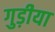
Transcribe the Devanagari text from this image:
गुड़ीया